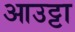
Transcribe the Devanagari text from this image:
आउट्टा